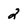
Character: 2